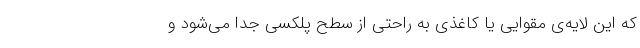
که این لایه‌ی مقوایی یا کاغذی به راحتی از سطح پلکسی جدا می‌شود و